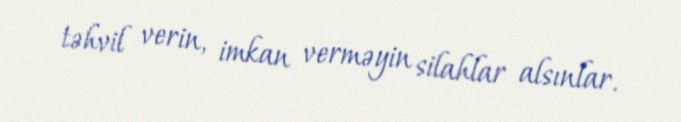
təhvil verin, imkan verməyin silahlar alsınlar.